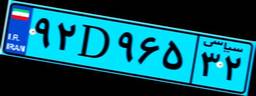
۷۴D۸۲۰۱۴